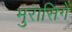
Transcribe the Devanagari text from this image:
मुरासिगे